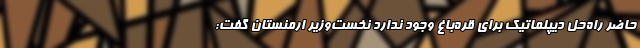
حاضر راه‌حل دیپلماتیک برای قره‌باغ وجود ندارد نخست‌وزیر ارمنستان گفت: